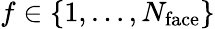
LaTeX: f\in\left\lbrace 1,\dots,N_{\mathrm{face}}\right\rbrace